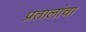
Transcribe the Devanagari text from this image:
प्रतालांचा